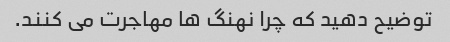
توضیح دهید که چرا نهنگ ها مهاجرت می کنند.